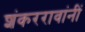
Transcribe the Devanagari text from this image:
शंकररावांनीं